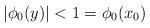
LaTeX: \begin{align*}|\phi_0(y)|<1=\phi_0(x_0)\end{align*}